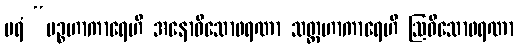
ပရံ “ပဉ္စဟာကာရေဟိ အနောဓိသောဖရဏာ သတ္တဟာကာရေဟိ ဩဓိသောဖရဏာ